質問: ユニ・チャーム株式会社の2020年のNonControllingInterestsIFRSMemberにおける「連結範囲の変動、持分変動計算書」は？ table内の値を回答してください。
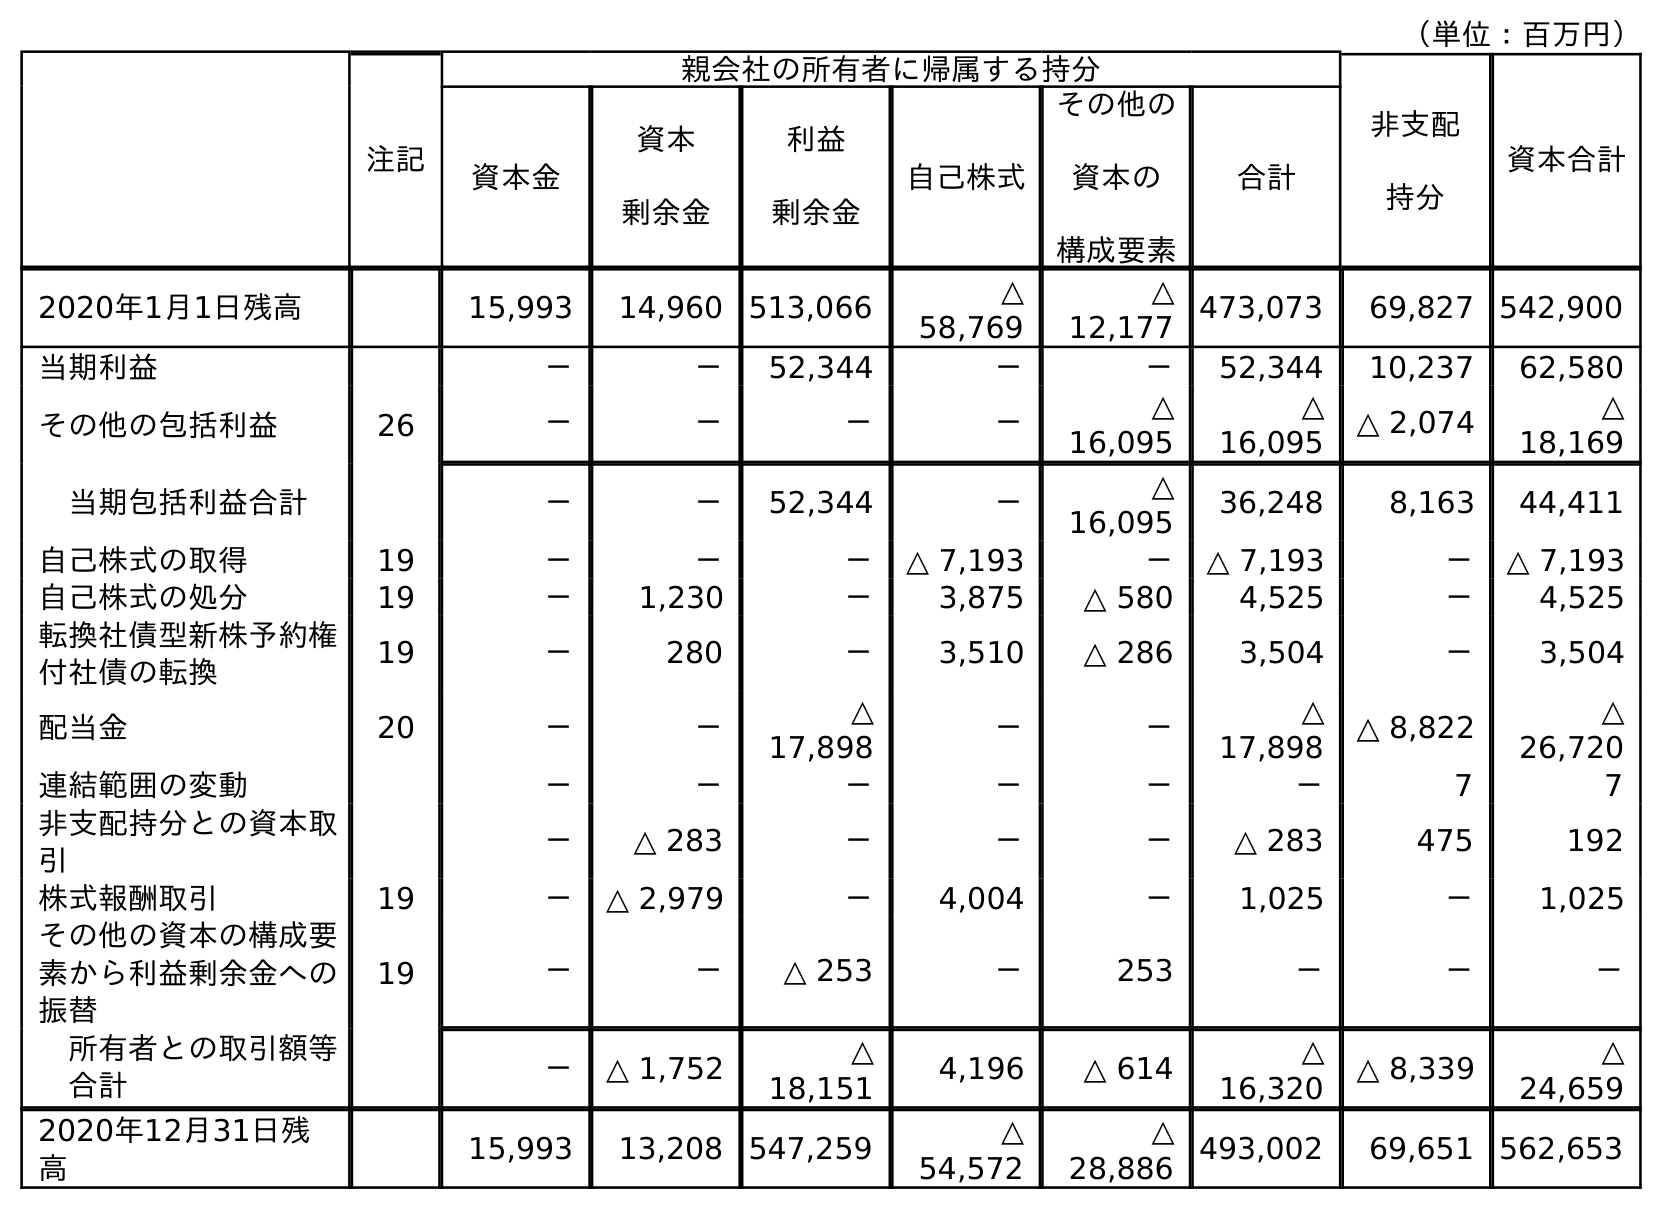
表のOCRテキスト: （単位：百万円） 注記 親会社の所有者に帰属する持分 非支配 持分 資本合計 資本金 資本 剰余金 利益 剰余金 自己株式 その他の 資本の 構成要素 合計 2020年1月1日残高 15,993 14,960 513,066 △ 58,769 △ 12,177 473,073 69,827 542,900 当期利益 － － 52,344 － － 52,344 10,237 62,580 その他の包括利益 26 － － － － △ 16,095 △ 16,095 △ 2,074 △ 18,169 当期包括利益合計 － － 52,344 － △ 16,095 36,248 8,163 44,411 自己株式の取得 19 － － － △ 7,193 － △ 7,193 － △ 7,193 自己株式の処分 19 － 1,230 － 3,875 △ 580 4,525 － 4,525 転換社債型新株予約権 付社債の転換 19 － 280 － 3,510 △ 286 3,504 － 3,504 配当金 20 － － △ 17,898 － － △ 17,898 △ 8,822 △ 26,720 連結範囲の変動 － － － － － － 7 7 非支配持分との資本取 引 － △ 283 － － － △ 283 475 192 株式報酬取引 19 － △ 2,979 － 4,004 － 1,025 － 1,025 その他の資本の構成要 素から利益剰余金への 振替 19 － － △ 253 － 253 － － － 所有者との取引額等 合計 － △ 1,752 △ 18,151 4,196 △ 614 △ 16,320 △ 8,339 △ 24,659 2020年12月31日残 高 15,993 13,208 547,259 △ 54,572 △ 28,886 493,002 69,651 562,653
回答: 7